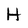
Character: H